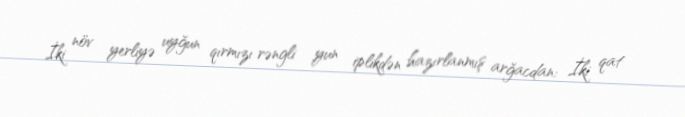
İki növ yerliyə uyğun qırmızı rəngli yun iplikdən hazırlanmış arğacdan: İki qat